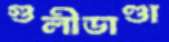
গুলীডাণ্ডা